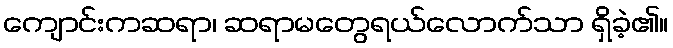
ကျောင်းကဆရာ၊ ဆရာမတွေရယ်လောက်သာ ရှိခဲ့၏။